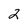
Character: 2